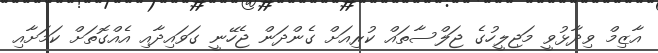
އާޒިމް ވިދާޅުވީ މަޖިލީހުގެ ޖަލްސާތައް ކުރިއަށް ގެންދަން ޖެހޭނީ ގަވައިދާއި އެއްގޮތަށް ކަމަށާއި